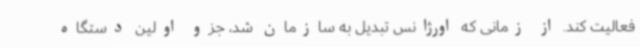
فعالیت کند. از زمانی که اورژانس تبدیل به سازمان شد، جزو اولین دستگاه